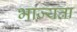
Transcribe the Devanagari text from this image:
भाज्यता